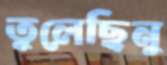
তুলেছিনু